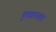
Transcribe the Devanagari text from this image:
गुलशानाबाद